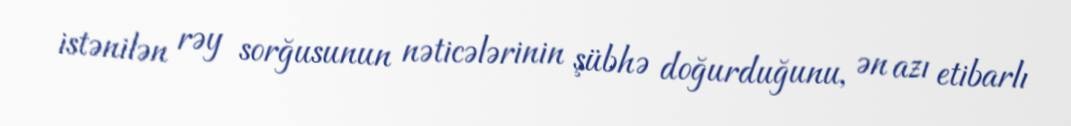
istənilən rəy sorğusunun nəticələrinin şübhə doğurduğunu, ən azı etibarlı